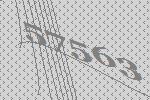
57563